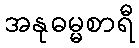
အနုဓမ္မစာရီ